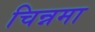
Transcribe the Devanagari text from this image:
चिन्नमा